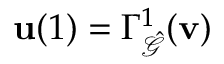
\mathbf { u } ( 1 ) = \Gamma _ { \hat { \mathcal { G } } } ^ { 1 } ( \mathbf { v } )